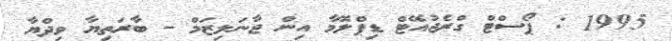
1995 : ޕޯސްޓް ގްރެޖުއޭޓް ޑިޕްލޮމާ އިން ޖާނަލިޒަމް - ބާރަތިޔާ ވިދްޔާ